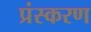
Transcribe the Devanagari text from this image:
प्रंस्करण